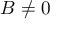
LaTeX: { \boldsymbol { B } } \neq 0